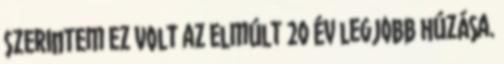
Szerintem ez volt az elmúlt 20 év legjobb húzása.